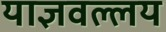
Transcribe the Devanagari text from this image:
याज्ञवल्लय